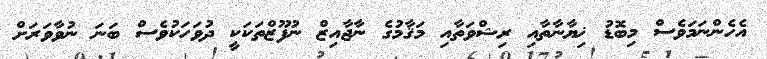
އެހެންނަމަވެސް މިބޮޑު ޚިޔާނާތާއި ރިޝްވަތާއި މަޤާމުގެ ނާޖާއިޒް ނުފޫޒްތަކަކީ ދުވަހަކުވެސް ބަނަ ނުވާވަރަށް